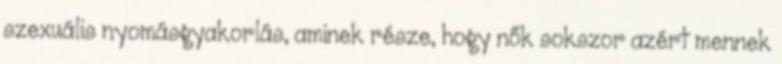
szexuális nyomásgyakorlás, aminek része, hogy nők sokszor azért mennek